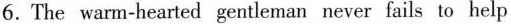
6. The warm-hearted gentleman never fails to help